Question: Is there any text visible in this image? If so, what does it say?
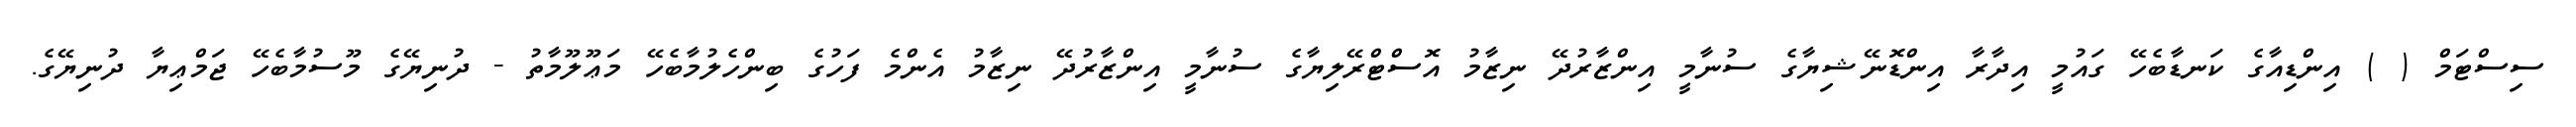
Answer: ސިސްޓަމް ( ) އިންޑިއާގެ ކަނޑާބެހޭ ގައުމީ އިދާރާ އިންޑޮނޭޝިޔާގެ ސުނާމީ އިންޒާރުދޭ ނިޒާމު އޮސްޓްރޭލިޔާގެ ސުނާމީ އިންޒާރުދޭ ނިޒާމު އެންމެ ފަހުގެ ބިންހެލުމާބެހޭ މަޢޫލޫމާތު - ދުނިޔޭގެ މޫސުމާބެހޭ ޖަމްޢިޔާ ދުނިޔޭގެ.